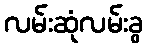
လမ်းဆုံလမ်းခွ